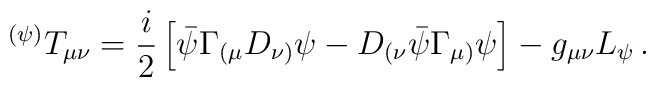
{}^{(\psi)} T_{\mu\nu}=\frac{i}{2}\left[\bar{\psi}\Gamma_{(\mu}    D_{\nu)} \psi-D_{(\nu} \bar{\psi} \Gamma_{\mu)} \psi\right]  - g_{\mu\nu}L_\psi \, .